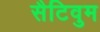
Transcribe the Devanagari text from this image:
सैटिवुम